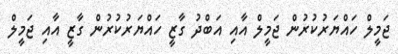
ޖަމީލް ހައްޔަރުކުރުން ޖަމީލް އާއި އަބްދު ގާޒީ ހައްޔަރުކުރުން ގާޒީ އާއި ޖަމީލް